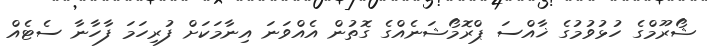
ޝޯރޫމްގެ ހުޅުވުމުގެ ޚާއްސަ ޕްރޮމޯޝަނެއްގެ ގޮތުން އެއްވަނަ އިނާމަކަށް ފުރިހަމަ ފާހާނާ ސެޓެއް